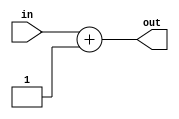
module tlu_incr64 ( in, out );
  input  [63:0] in;
  output [63:0] out;   
  assign out = in + 64'h01;
endmodule